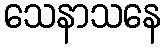
သေနာသနေ